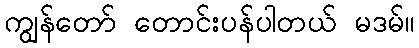
ကျွန်တော် တောင်းပန်ပါတယ် မဒမ်။